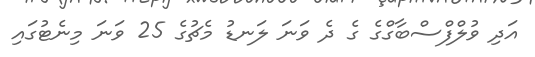
އަދި ވުލްފްސްބާގްގެ ގެ ދެ ވަނަ ލަނޑު މެޗުގެ 25 ވަނަ މިނެޓުގައި